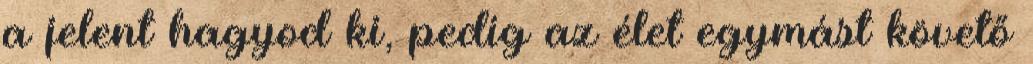
a jelent hagyod ki, pedig az élet egymást követő